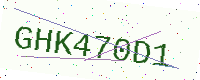
Text: GHK470D1